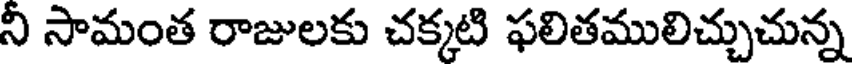
ని సామంత రాజులకు చక్కటి ఫలితములిచ్చుచున్న